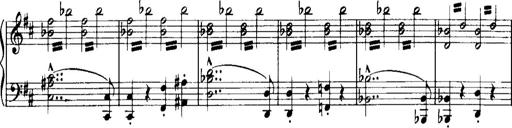
Title: Historische ungarische Bildnisse
Composer: Franz Liszt